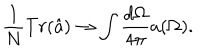
\frac { 1 } { N } T r ( \hat { a } ) \rightarrow \int \frac { d \Omega } { 4 \pi } a ( \Omega ) .